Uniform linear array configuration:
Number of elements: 4
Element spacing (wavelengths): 0.5
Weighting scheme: cosine
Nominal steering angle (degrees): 0
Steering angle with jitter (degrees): -1.338
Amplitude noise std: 0.05
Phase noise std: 0.05

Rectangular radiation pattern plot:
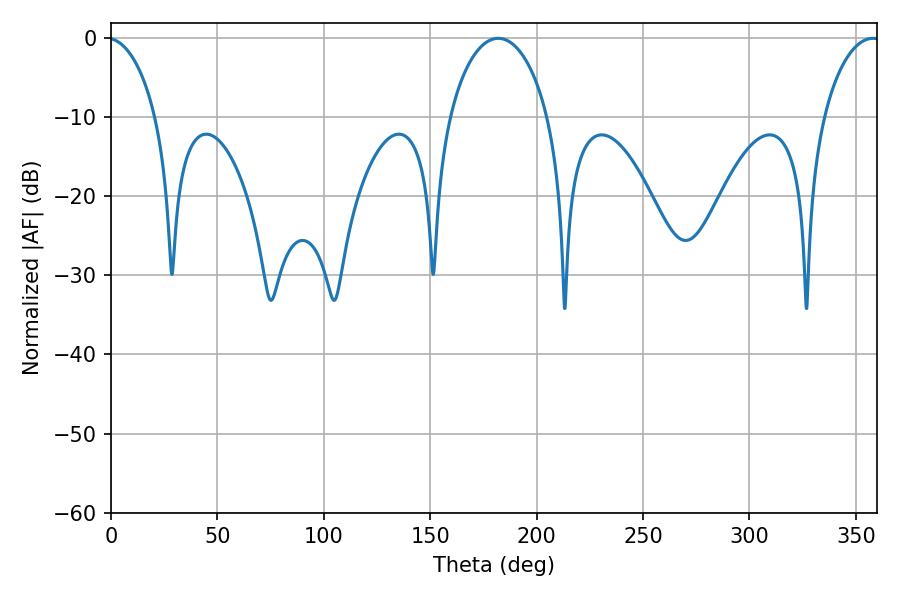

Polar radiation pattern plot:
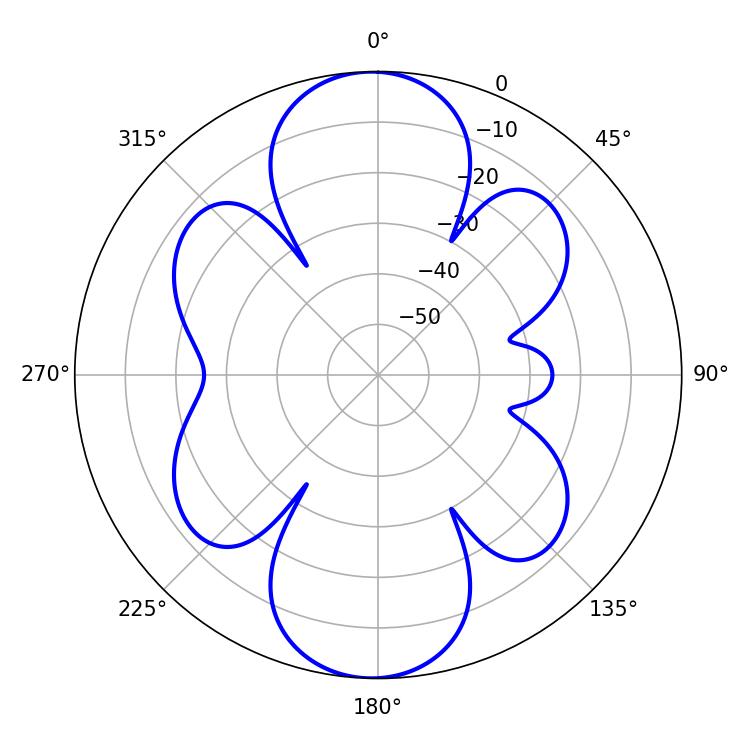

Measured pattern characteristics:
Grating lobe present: FALSE
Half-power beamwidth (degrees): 26.64
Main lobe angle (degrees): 181.98